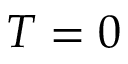
T = 0